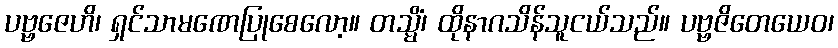
ပဗ္ဗဇေဟိ၊ ရှင်သာမဏေပြုစေလော့။ တသ္မိံ၊ ထိုနာဂသိန်သူငယ်သည်။ ပဗ္ဗဇိတေယေဝ၊